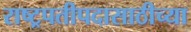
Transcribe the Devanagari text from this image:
राष्ट्रपतीपदासाठीच्या